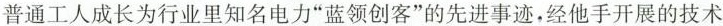
普通工人成长为行业里知名电力”蓝领创客”的先进事迹，经他手开展的技术